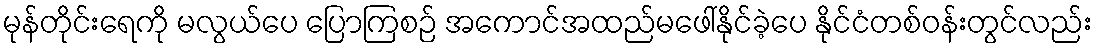
မုန်တိုင်းရေကို မလွယ်ပေ ပြောကြစဉ် အကောင်အထည်မဖေါ်နိုင်ခဲ့ပေ နိုင်ငံတစ်ဝန်းတွင်လည်း